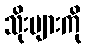
သိုးများကို